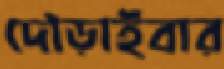
দৌড়াইবার